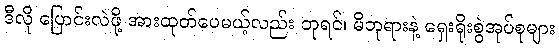
ဒီလို ပြောင်းလဲဖို့ အားထုတ်ပေမယ့်လည်း ဘုရင်၊ မိဘုရားနဲ့ ရှေးရိုးစွဲအုပ်စုများ